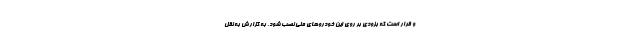
و قرار است که بزودی بر روی این خودروهای ملی نصب شود. به گزارش به نقل